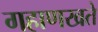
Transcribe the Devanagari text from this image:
गहाणखते